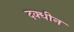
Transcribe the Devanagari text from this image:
दक्धीन